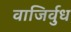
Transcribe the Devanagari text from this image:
वाजिर्वुध